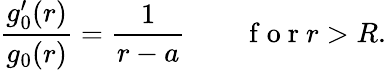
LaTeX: \frac{g_{0}^{\prime}(r)}{g_{0}(r)}=\frac{1}{r-a}\qquad\mathrm{~f~o~r~}r>R.